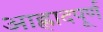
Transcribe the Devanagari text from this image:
आह्लादपूर्ण